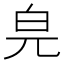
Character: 𤽅